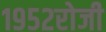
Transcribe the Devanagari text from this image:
१९५२रोजी